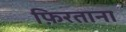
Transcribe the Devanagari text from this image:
फ़िरताना